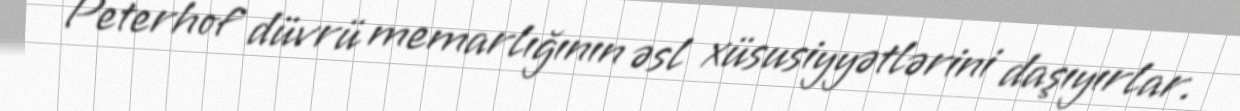
Peterhof düvrü memarlığının əsl xüsusiyyətlərini daşıyırlar.